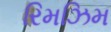
રિમઝિમ